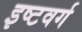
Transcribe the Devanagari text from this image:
इष्टवर्ग